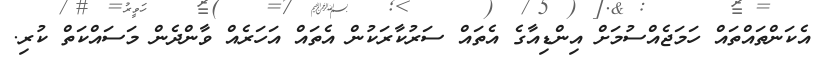
އެކަންތައްތައް ހަމަޖެއްސުމަށް އިންޑިއާގެ އެތައް ސަރުކާރަކުން އެތައް އަހަރެއް ވާންދެން މަސައްކަތް ކުރި.